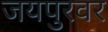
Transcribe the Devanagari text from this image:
जयपुरवर